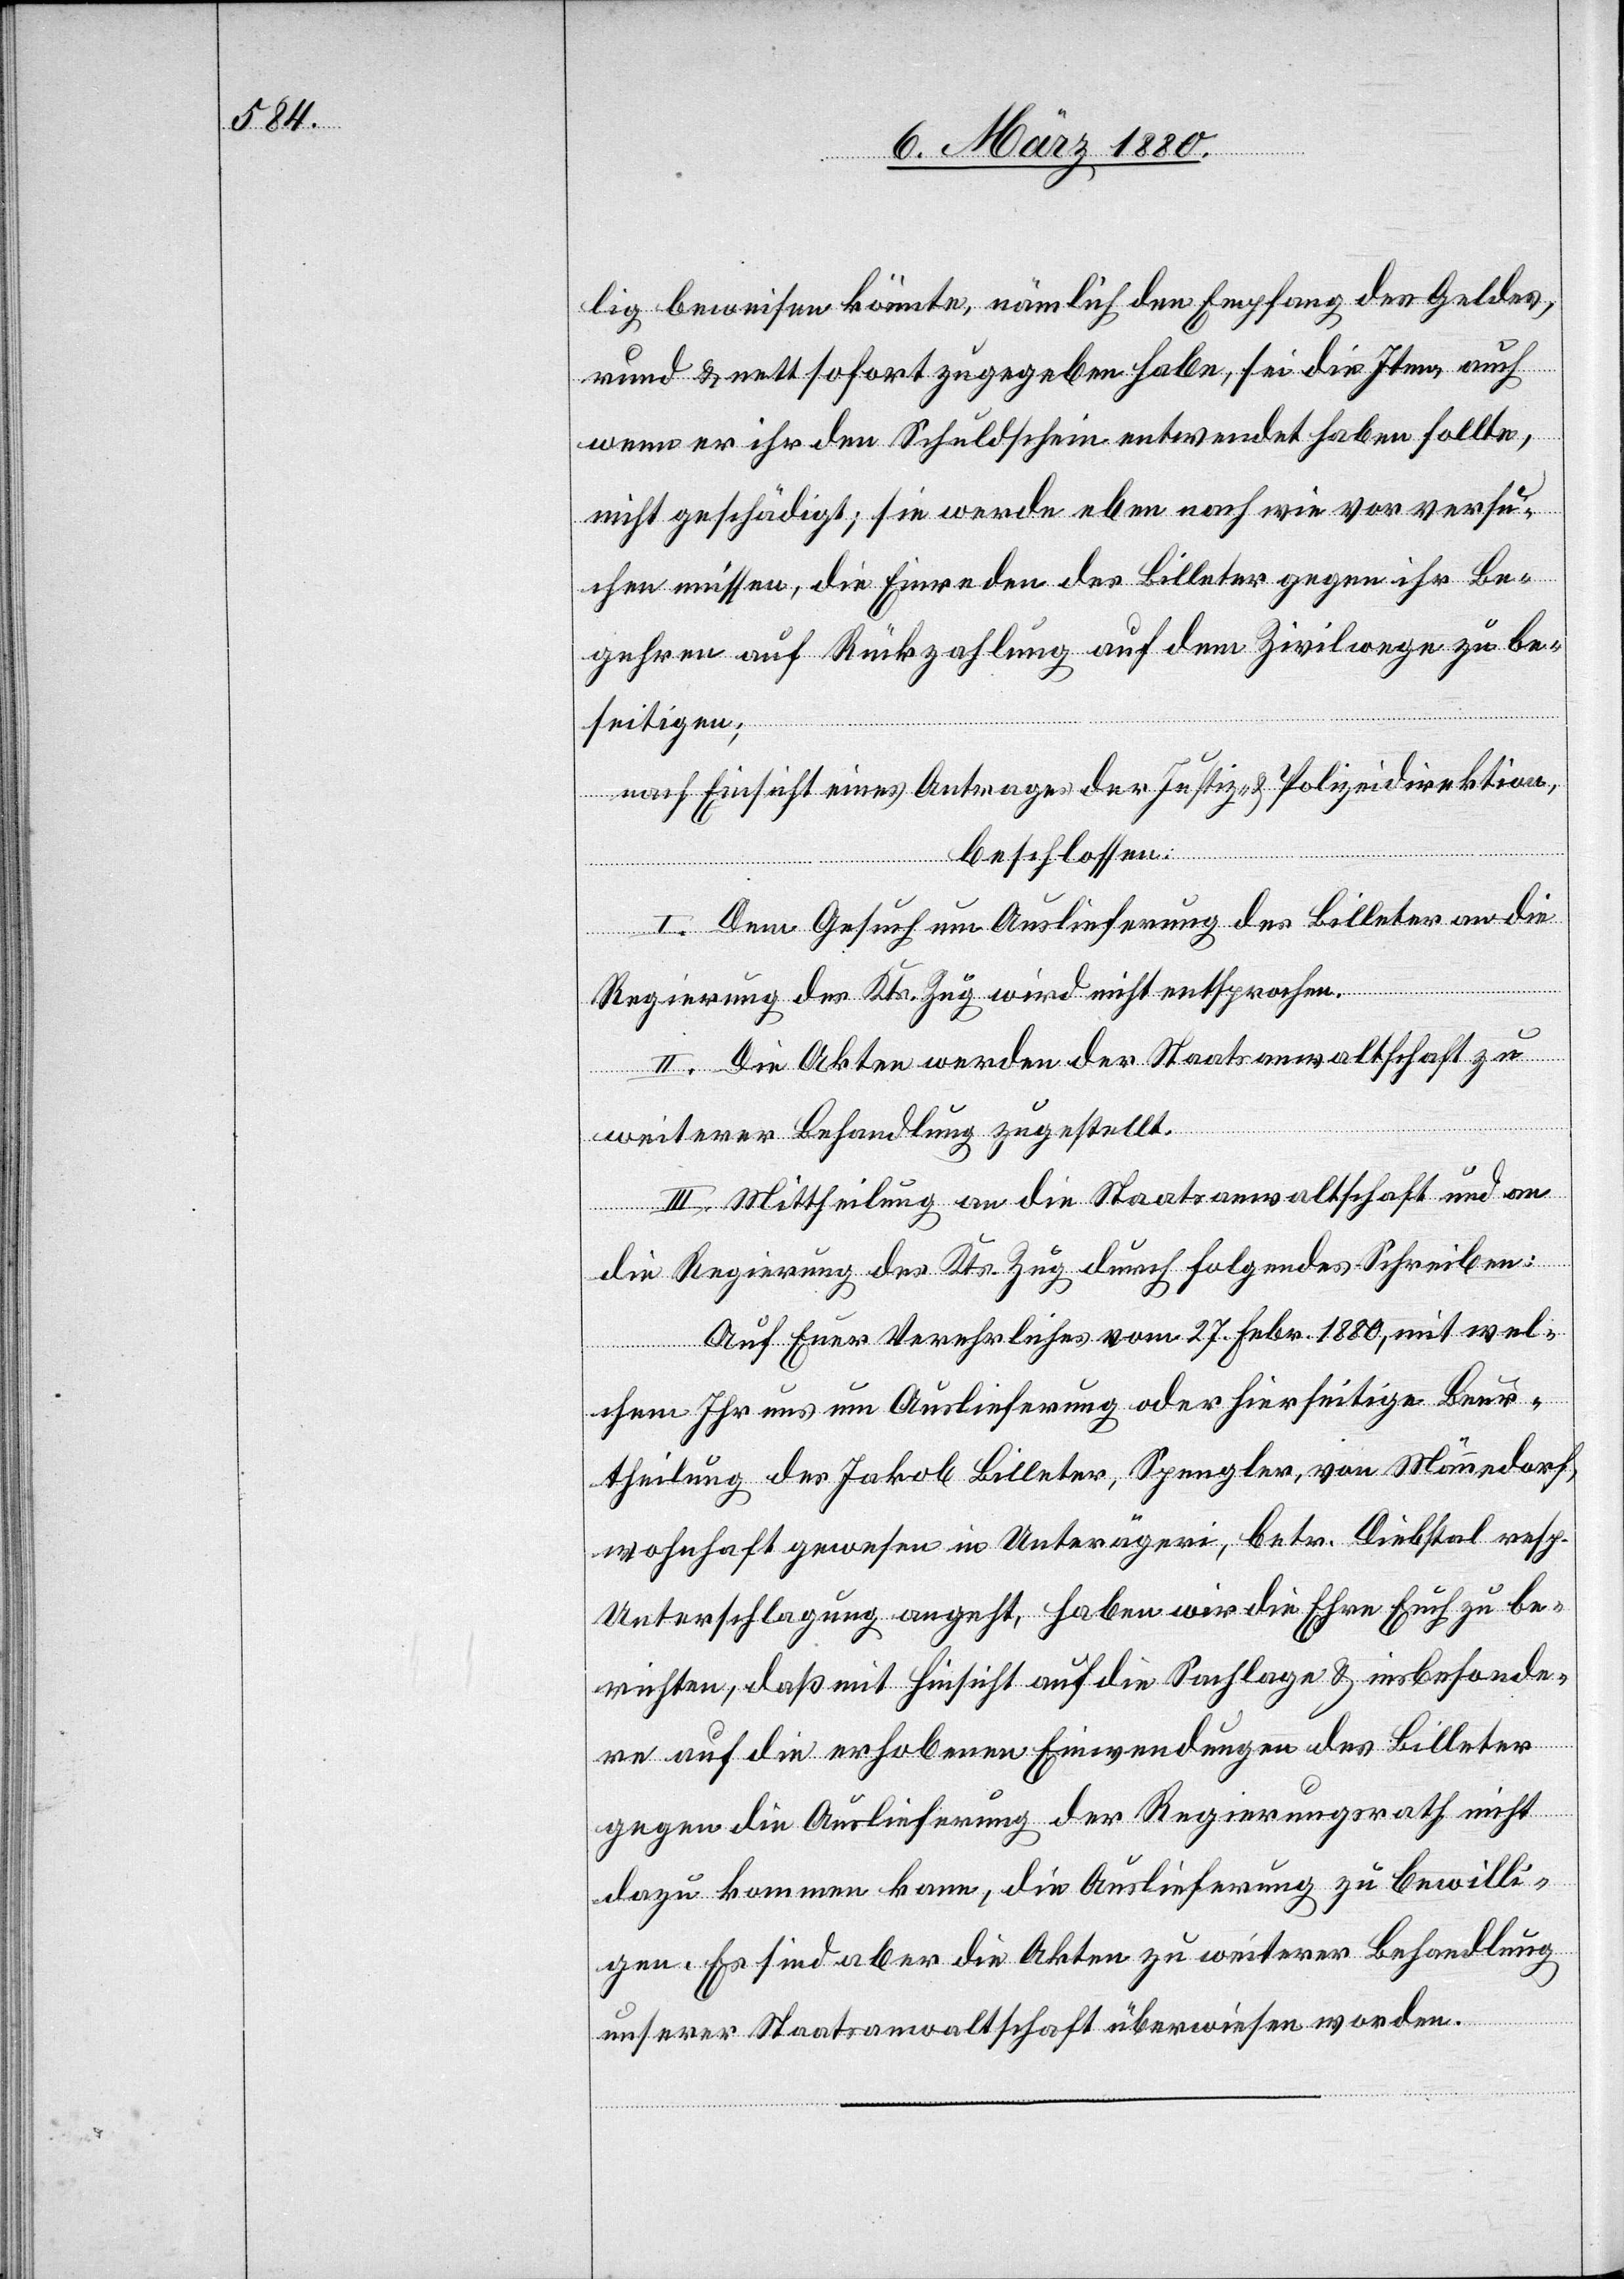
lig beweisen könnte, nämlich den Empfang des Geldes,
rund & nett sofort zugegeben habe, sei die Iten, auch
wenn er ihr den Schuldschein entwendet haben sollte,
nicht geschädigt; sie werde eben nach wie vor versu¬
chen müssen, die Einreden des Billeter gegen ihr Be¬
gehren auf Rückzahlung auf dem Zivilwege zu be¬
seitigen;
nach Einsicht eines Antrages der Justiz- & Polizeidirektion,
beschlossen:
l. Dem Gesuch um Auslieferung des Billeter an die
Regierung des Kts. Zug wird nicht entsprochen.
II. Die Akten werden der Staatsanwaltschaft zu
weiterer Behandlung zugestellt.
III. Mittheilung an die Staatsanwaltschaft und an
die Regierung des Kts. Zug durch folgendes Schreiben:
Auf Euer Verehrliches vom 27. Febr. 1880, mit wel¬
chem Ihr uns um Auslieferung oder hierseitige Beur¬
theilung des Jakob Billeter, Spengler, von Männedorf,
wohnhaft gewesen in Unterägeri, betr. Diebstal resp.
Unterschlagung angeht, haben wir die Ehre Euch zu be¬
richten, daß mit Hinsicht auf die Sachlage & insbesonde¬
re auf die erhobenen Einwendungen des Billeter
gegen die Auslieferung der Regierungsrath nicht
dazu kommen kann, die Auslieferung zu bewilli¬
gen. Es sind aber die Akten zu weiterer Behandlung
unserer Staatsanwaltschaft überwiesen worden.